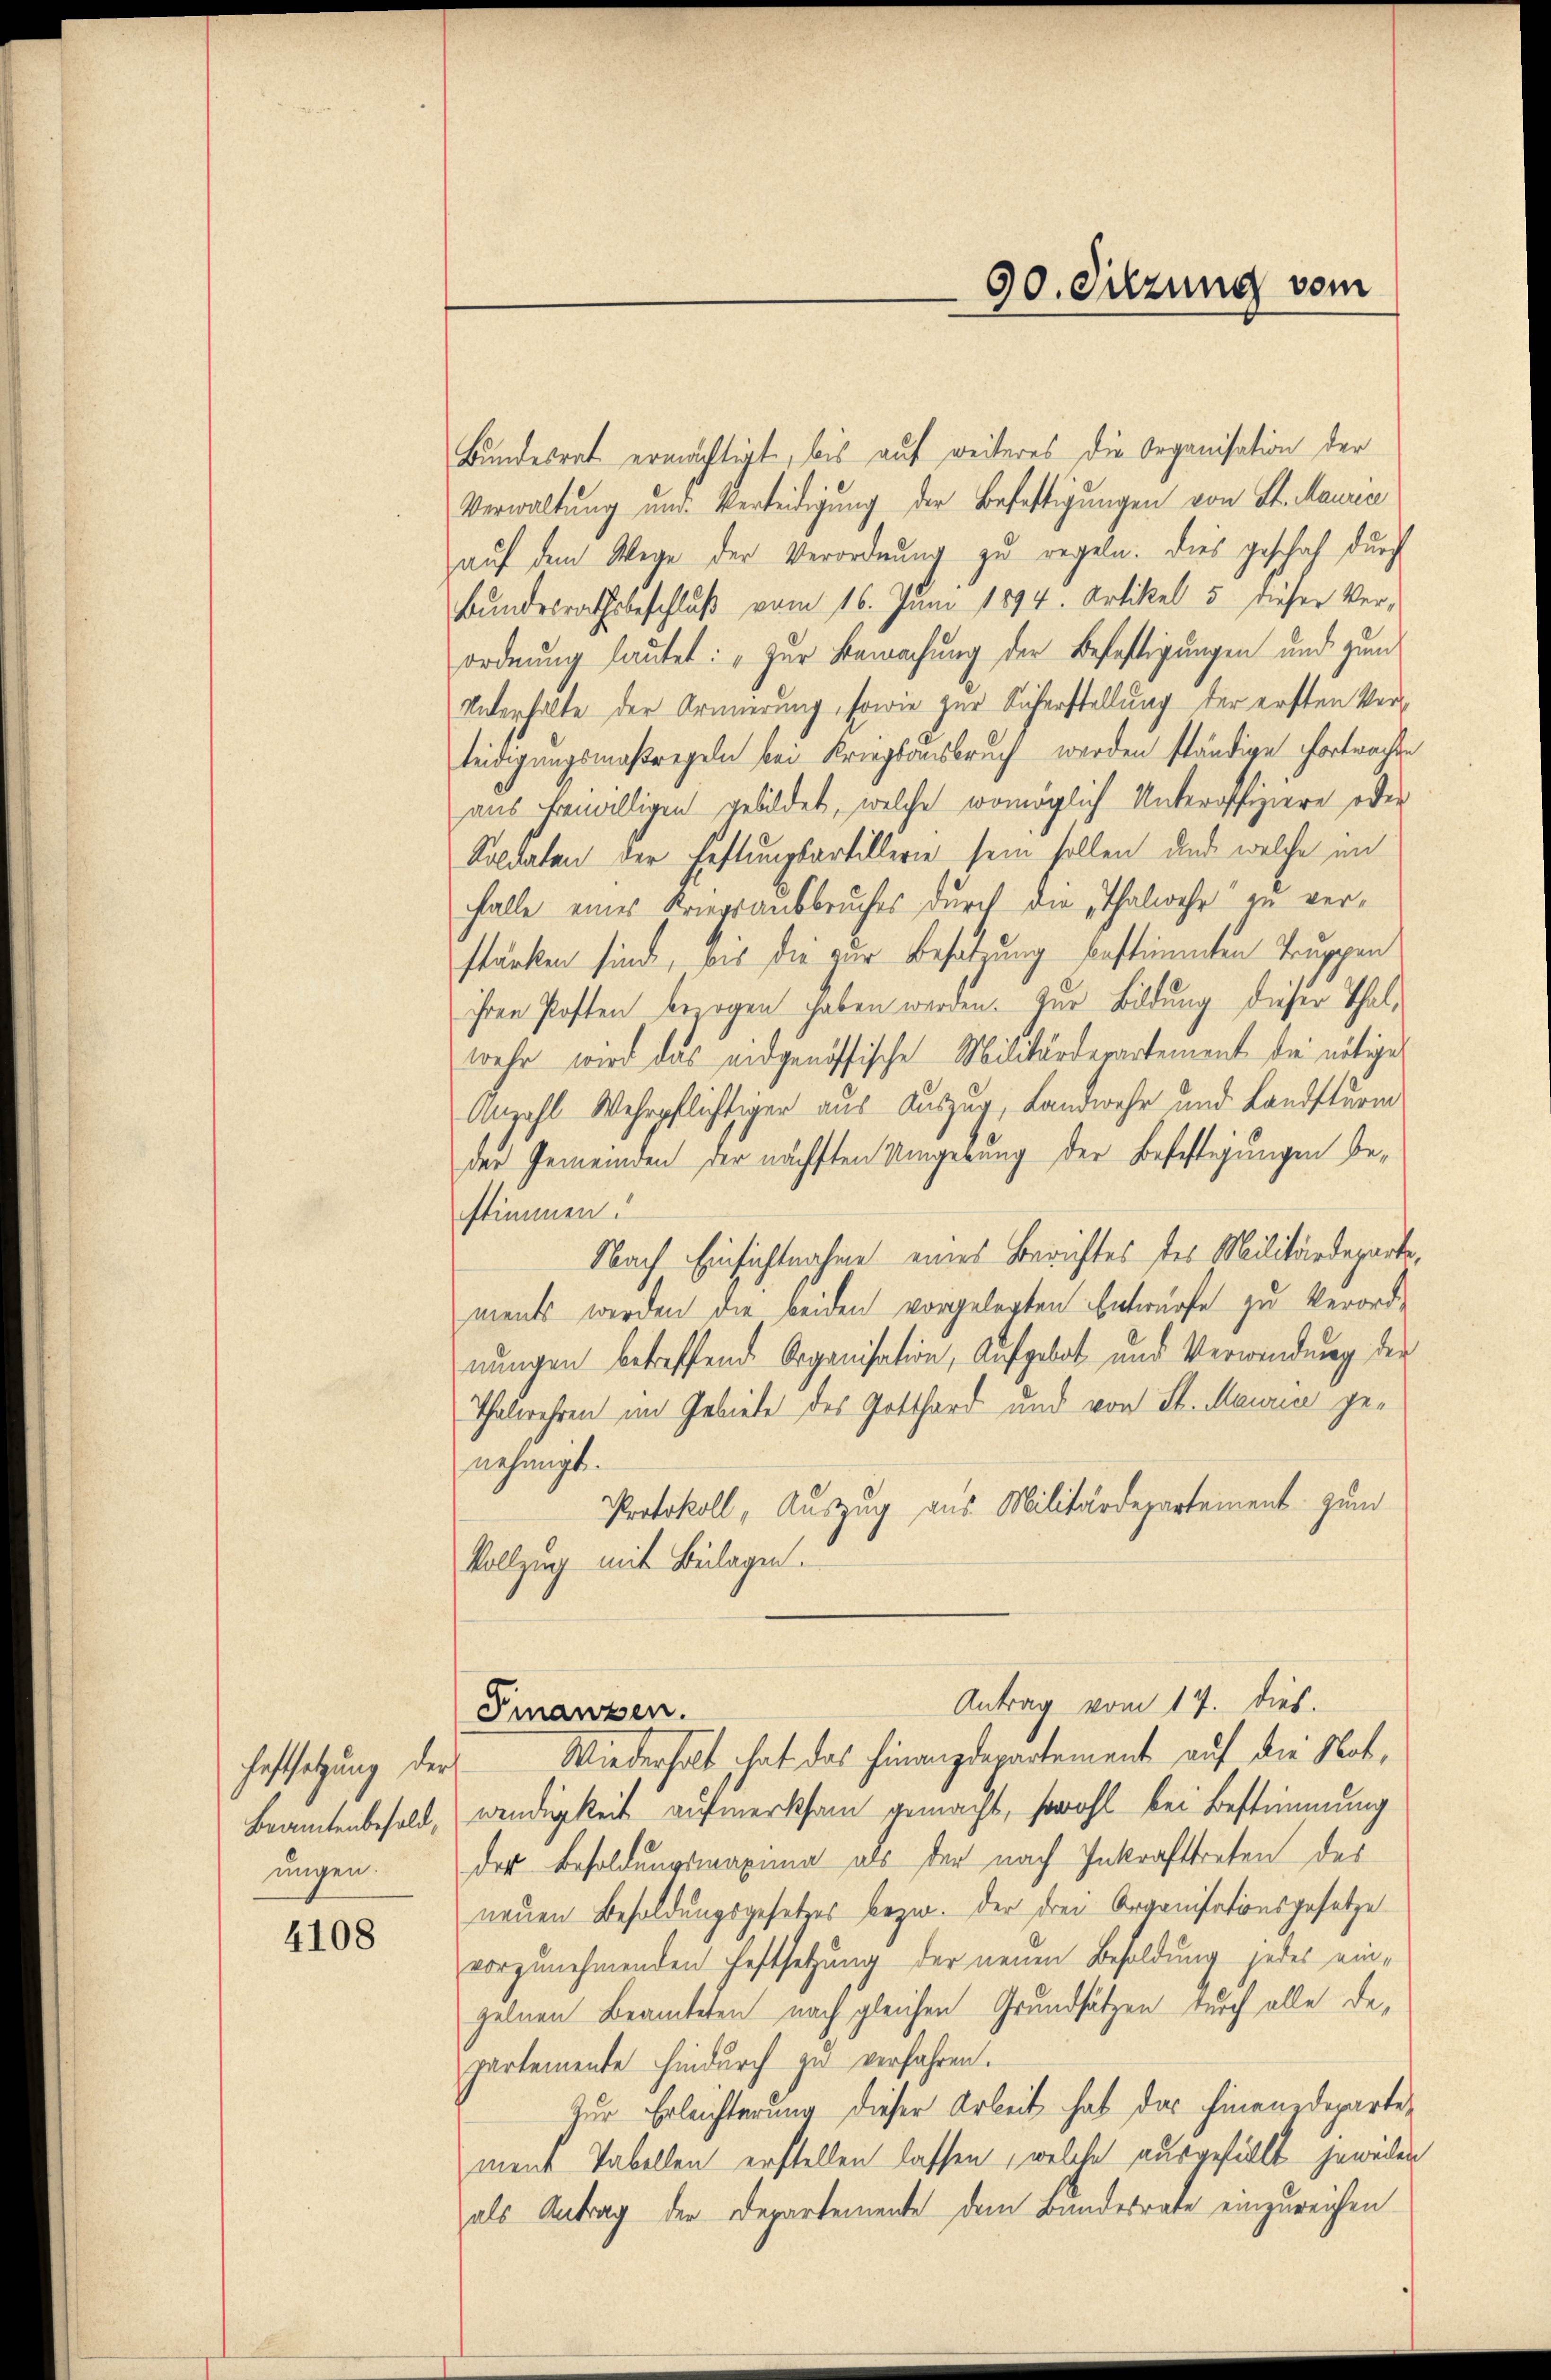
haftsetzung der
ungen.

4108

Bundesrat ermächtigt, bis auf weiteres die Organisation der
Verwaltung und Verleidigung der Befestigungen von St. Mauren
auf dem Wege der Verordnung zu regeln. Dies geschah durch
Bundesrathsbeschluß vom 16. Juni 1894. Artikel 5 dieser Ver-
ordnung lautet: „Zur Bewachung der Befestigungen und zum
Unterhalte der Armierung, sowie zur Sicherstellung der ersten Verteidigungsmaßregeln bei Kriegsausbruch werden ständige Portrachten
aus freiwilligen gebildet, welche womöglich Unteroffiziere oder
Soldaten der Festungsartillerie sein sollen, und welche im
falle eines Kriegsausbruches durch die Thalwehr zu verstärken sind, bis die zur Besatzung bestimmten Truppen
ihren Posten bezogen haben werden. Zur Bildung dieser Thalwehr wird das eidgenössische Militärderartement die nötige
Anzahl Wehrpflichtiger aus Auszug, Landwehr und Landsturm
der Gemeinden der nächsten Umgebung der Befestigungen bestimmen.
Nach Einsichtnahme eines Berichtes des Militärdeparte,
ments werden die beiden vorgelegten Entwürfe zu Verordnungen betreffende Organisation, Aufgebot und Verwendung der
Thalwehren im Gebiete des Gotthard und von St. Mauria genehmigt.
Protokoll, Auszug aus Militärdepartement zum
Vollzug mit Belagen.
Antrag vom 17. dies.
Finanzen.
Wiederholt hat das Finanzdepartement auf die Not,
Beamtenbesold, wendigkeit aufmerksam gemacht, sowohl bei Bestimmung
der Besoldungsmaxuna als der nach Inkrafttreten des
neuen Besoldungsgesetzes bezw. der drei Organisationsgesetze
vorzunehmenden Festsetzung der neuen Besoldung jedes eingelnen Beamteten nach gleichen Grundsätzen durch alle Departemente hindurch zu verfahren.
Zur Erleichterung dieser Arbeit hat das Finanzdepartement Tabellen erstellen lassen, welche ausgefüllt jeweiden
als Antrag der Departemente dem Bundesrate einzureichen

90. Sitzung vom